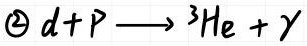
\textcircled{2} $d + p \longrightarrow {}^{3}\mathrm{He} + \gamma$